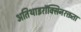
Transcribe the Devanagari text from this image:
अतिथाइरॉक्सिनरक्तता